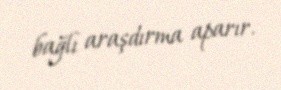
bağlı araşdırma aparır.